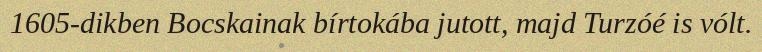
1605-dikben Bocskainak bírtokába jutott, majd Turzóé is vólt.